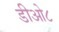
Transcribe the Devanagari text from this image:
डीओ८